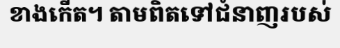
ខាងកើត។ តាមពិតទៅជំនាញរបស់